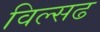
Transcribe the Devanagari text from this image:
विल्सढ